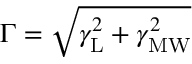
\Gamma = \sqrt { \gamma _ { \mathrm { L } } ^ { 2 } + \gamma _ { \mathrm { M W } } ^ { 2 } }